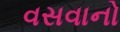
વસવાનો